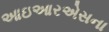
આઇઆરએસના